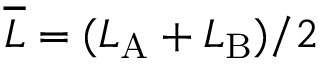
\overline { { L } } = ( L _ { \mathrm { A } } + L _ { \mathrm { B } } ) / 2